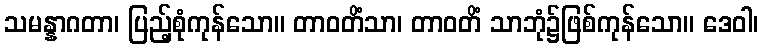
သမန္နာဂတာ၊ ပြည့်စုံကုန်သော။ တာဝတိံသာ၊ တာဝတိံ သာဘုံ၌ဖြစ်ကုန်သော။ ဒေဝါ၊